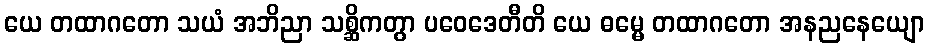
ယေ တထာဂတော သယံ အဘိညာ သစ္ဆိကတွာ ပဝေဒေတီတိ ယေ ဓမ္မေ တထာဂတော အနညနေယျော